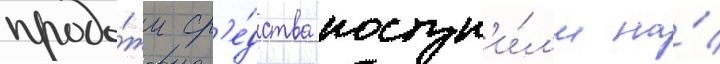
прода́жи ср'е́дства поступ'и́л'и на́